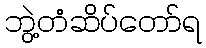
ဘွဲ့တံဆိပ်တော်ရ